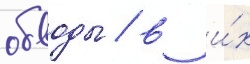
обводы / в и́х